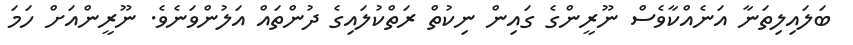
ބަލައިލިތަނާ އަނެއްކާވެސް ނޫރީންގެ ގައިން ނިކުތް ރަތްކުލައިގެ ދުންތައް އަލުންވަނެވެ. ނޫރީންއަށް ހަމަ